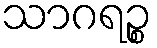
သာဂရဉ္စ